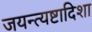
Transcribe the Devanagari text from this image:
जयन्त्यष्टादिशा